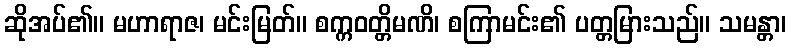
ဆိုအပ်၏။ မဟာရာဇ၊ မင်းမြတ်။ စက္ကဝတ္တိမဏိ၊ စကြာမင်း၏ ပတ္တမြားသည်။ သမန္တာ၊